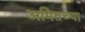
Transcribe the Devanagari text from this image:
अमितच्या